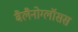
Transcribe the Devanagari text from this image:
बैलैनोग्लॉसस